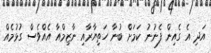
އަދި އެ ގެއިން ފެނުނު ކަމަށް ބުނާ ހަތިޔާރާއި ނާާޒިމްއާ އެއްވެސް ގުޅުމެއް